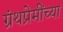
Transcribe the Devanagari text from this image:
ग्रंथप्रेमींच्या